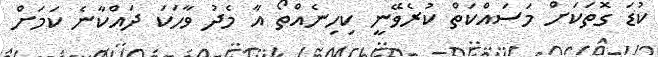
ކުޑަ ގޮތަކަށް މަސައްކަތް ކުރެވޭނީ ކިހިނެއްތޯ އާ މެދު ވާހަކަ ދައްކާނެ ކަމަށް